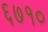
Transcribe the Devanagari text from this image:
६७१०